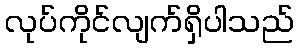
လုပ်ကိုင်လျက်ရှိပါသည်